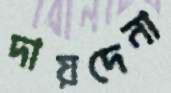
দায়দেনা